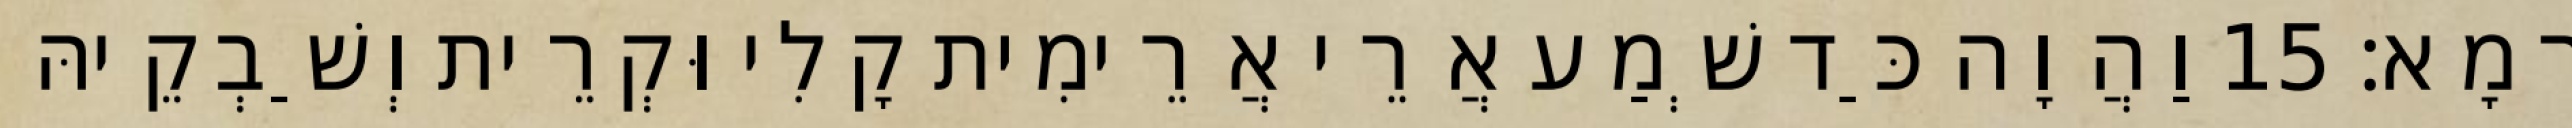
רָמָא׃ 15 וַהֲוָה כַּד שְׁמַע אֲרֵי אֲרֵימִית קָלִי וּקְרֵית וְשַׁבְקֵיהּ